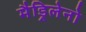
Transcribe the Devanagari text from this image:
मैड्रिलेनो